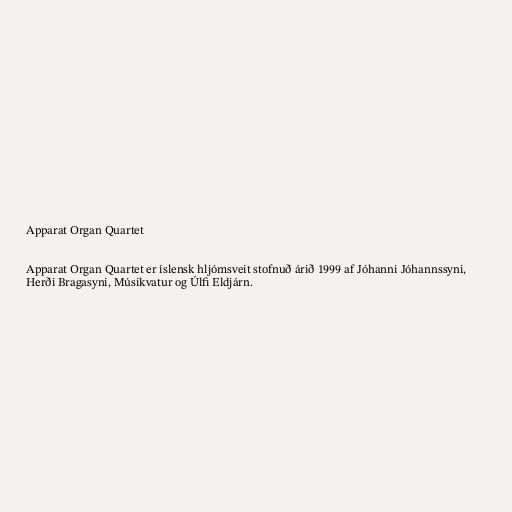
Apparat Organ Quartet

Apparat Organ Quartet er íslensk hljómsveit stofnuð árið 1999 af Jóhanni Jóhannssyni,
Herði Bragasyni, Músikvatur og Úlfi Eldjárn.